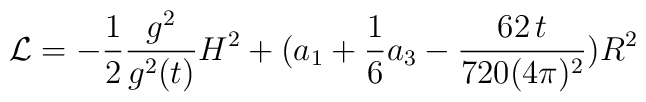
{\cal L}= -\frac{1}{2} \frac{g^2}{g^2(t)} H^2 + (a_1 + \frac{1}{6}a_3 -\frac{62 \, t}{720(4 \pi)^2}) R^2